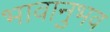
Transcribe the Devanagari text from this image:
भावानुभव